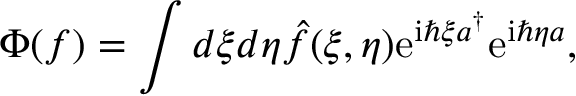
\Phi ( f ) = \int d \xi d \eta \hat { f } ( \xi , \eta ) \mathrm { e } ^ { \mathrm { i } \hbar \xi a ^ { \dagger } } \mathrm { e } ^ { \mathrm { i } \hbar \eta a } ,